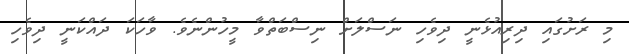
މި ރަށުގައި ދިރިއުޅެނީ ދިވެހި ނަސްލަށް ނިސްބަތްވާ މީހުންނެވެ. ވާހަކަ ދައްކަނީ ދިވެހި